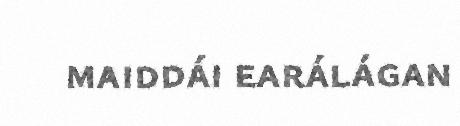
maiddái earálágan